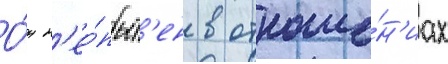
О́н н'ео́пыт'ен в отноше́н'иах